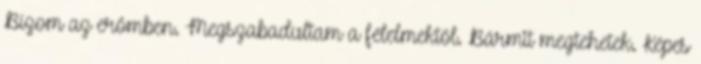
Bízom az erőmben. Megszabadultam a félelmektől. Bármit megtehetek. Képes